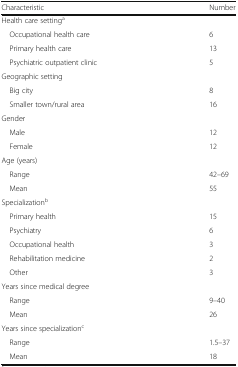
<table><thead><tr><td><b>Characteristic</b></td><td><b>Number</b></td></tr></thead><tbody><tr><td colspan="2">Health care setting<sup>a</sup></td></tr><tr><td> Occupational health care</td><td>6</td></tr><tr><td> Primary health care</td><td>13</td></tr><tr><td> Psychiatric outpatient clinic</td><td>5</td></tr><tr><td colspan="2">Geographic setting</td></tr><tr><td> Big city</td><td>8</td></tr><tr><td> Smaller town/rural area</td><td>16</td></tr><tr><td colspan="2">Gender</td></tr><tr><td> Male</td><td>12</td></tr><tr><td> Female</td><td>12</td></tr><tr><td colspan="2">Age (years)</td></tr><tr><td> Range</td><td>42–69</td></tr><tr><td> Mean</td><td>55</td></tr><tr><td colspan="2">Specialization<sup>b</sup></td></tr><tr><td> Primary health</td><td>15</td></tr><tr><td> Psychiatry</td><td>6</td></tr><tr><td> Occupational health</td><td>3</td></tr><tr><td> Rehabilitation medicine</td><td>2</td></tr><tr><td> Other</td><td>3</td></tr><tr><td colspan="2">Years since medical degree</td></tr><tr><td> Range</td><td>9–40</td></tr><tr><td> Mean</td><td>26</td></tr><tr><td colspan="2">Years since specialization<sup>c</sup></td></tr><tr><td> Range</td><td>1.5–37</td></tr><tr><td> Mean</td><td>18</td></tr></tbody></table>